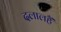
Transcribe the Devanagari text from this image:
दलालहैं